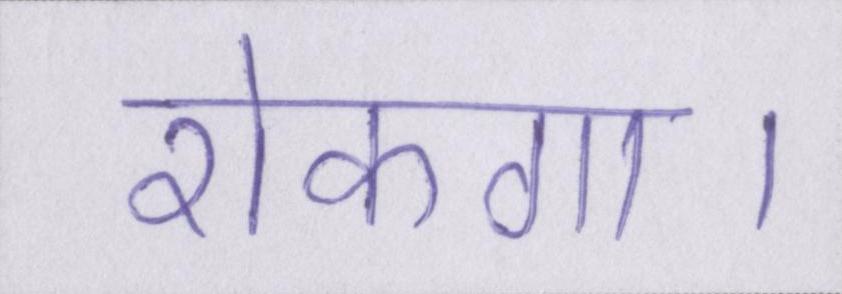
रोकगा।